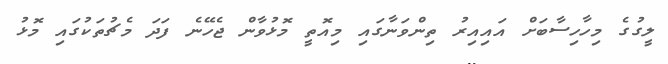
ލީގުގެ މިހާހިސާބަށް އައިއިރު ތިންވަނާގައި މިއޮތީ މޮޅުވާން ޖެހޭނެ ފަދަ މެޗުތަކުގައި މޮޅު